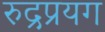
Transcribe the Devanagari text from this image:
रुद्रप्रयग